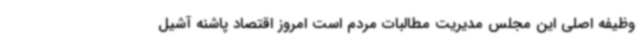
وظیفه اصلی این مجلس مدیریت مطالبات مردم است امروز اقتصاد پاشنه آشیل